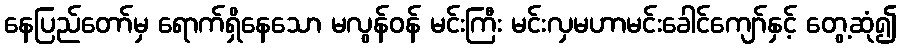
နေပြည်တော်မှ ရောက်ရှိနေသော မလွန်ဝန် မင်းကြီး မင်းလှမဟာမင်းခေါင်ကျော်နှင့် တွေ့ဆုံ၍